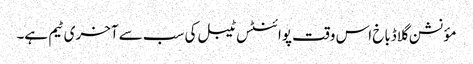
مؤنشن گلاڈباخ اس وقت پوائنٹس ٹیبل کی سب سے آخری ٹیم ہے۔